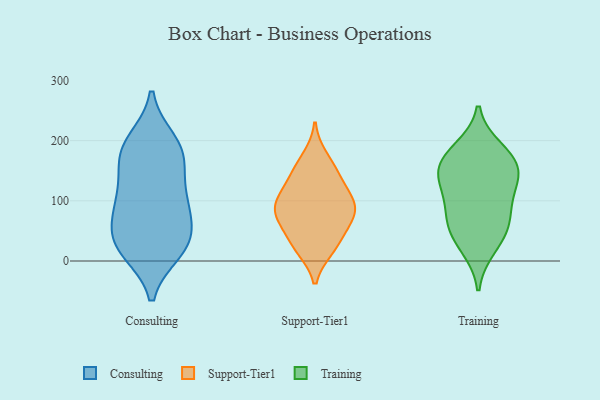
{"axis": {"x": "Headcount", "y": "Value"}, "legend": ["Consulting", "Support-Tier1", "Training"], "data": [{"x": "", "y": 171, "type": "Consulting"}, {"x": "", "y": 185, "type": "Consulting"}, {"x": "", "y": 186, "type": "Consulting"}, {"x": "", "y": 27, "type": "Consulting"}, {"x": "", "y": 84, "type": "Consulting"}, {"x": "", "y": 153, "type": "Consulting"}, {"x": "", "y": 35, "type": "Consulting"}, {"x": "", "y": 102, "type": "Consulting"}, {"x": "", "y": 18, "type": "Consulting"}, {"x": "", "y": 31, "type": "Consulting"}, {"x": "", "y": 94, "type": "Consulting"}, {"x": "", "y": 32, "type": "Consulting"}, {"x": "", "y": 198, "type": "Consulting"}, {"x": "", "y": 99, "type": "Consulting"}, {"x": "", "y": 143, "type": "Support-Tier1"}, {"x": "", "y": 111, "type": "Support-Tier1"}, {"x": "", "y": 94, "type": "Support-Tier1"}, {"x": "", "y": 20, "type": "Support-Tier1"}, {"x": "", "y": 31, "type": "Support-Tier1"}, {"x": "", "y": 21, "type": "Support-Tier1"}, {"x": "", "y": 91, "type": "Support-Tier1"}, {"x": "", "y": 86, "type": "Support-Tier1"}, {"x": "", "y": 58, "type": "Support-Tier1"}, {"x": "", "y": 127, "type": "Support-Tier1"}, {"x": "", "y": 71, "type": "Support-Tier1"}, {"x": "", "y": 173, "type": "Support-Tier1"}, {"x": "", "y": 152, "type": "Support-Tier1"}, {"x": "", "y": 67, "type": "Support-Tier1"}, {"x": "", "y": 94, "type": "Support-Tier1"}, {"x": "", "y": 161, "type": "Training"}, {"x": "", "y": 126, "type": "Training"}, {"x": "", "y": 22, "type": "Training"}, {"x": "", "y": 42, "type": "Training"}, {"x": "", "y": 73, "type": "Training"}, {"x": "", "y": 151, "type": "Training"}, {"x": "", "y": 176, "type": "Training"}, {"x": "", "y": 120, "type": "Training"}, {"x": "", "y": 148, "type": "Training"}, {"x": "", "y": 59, "type": "Training"}, {"x": "", "y": 186, "type": "Training"}, {"x": "", "y": 85, "type": "Training"}]}